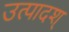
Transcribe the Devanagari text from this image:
उत्पादश्